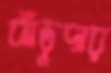
ঝাঁড়ুদার